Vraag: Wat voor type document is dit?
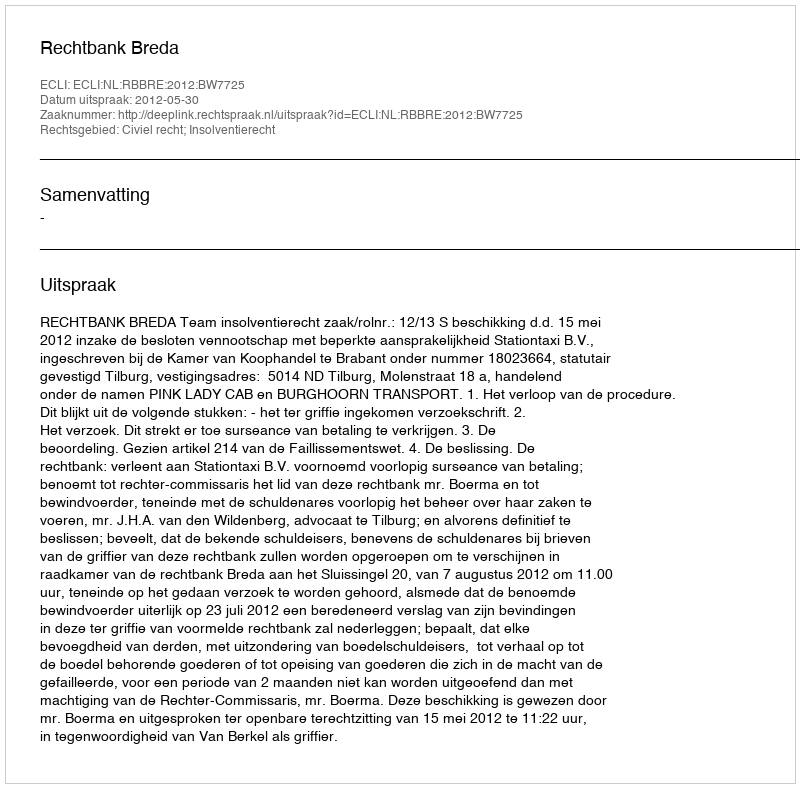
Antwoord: Uitspraak